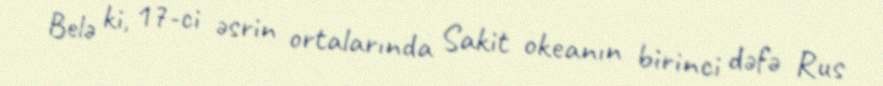
Belə ki, 17-ci əsrin ortalarında Sakit okeanın birinci dəfə Rus